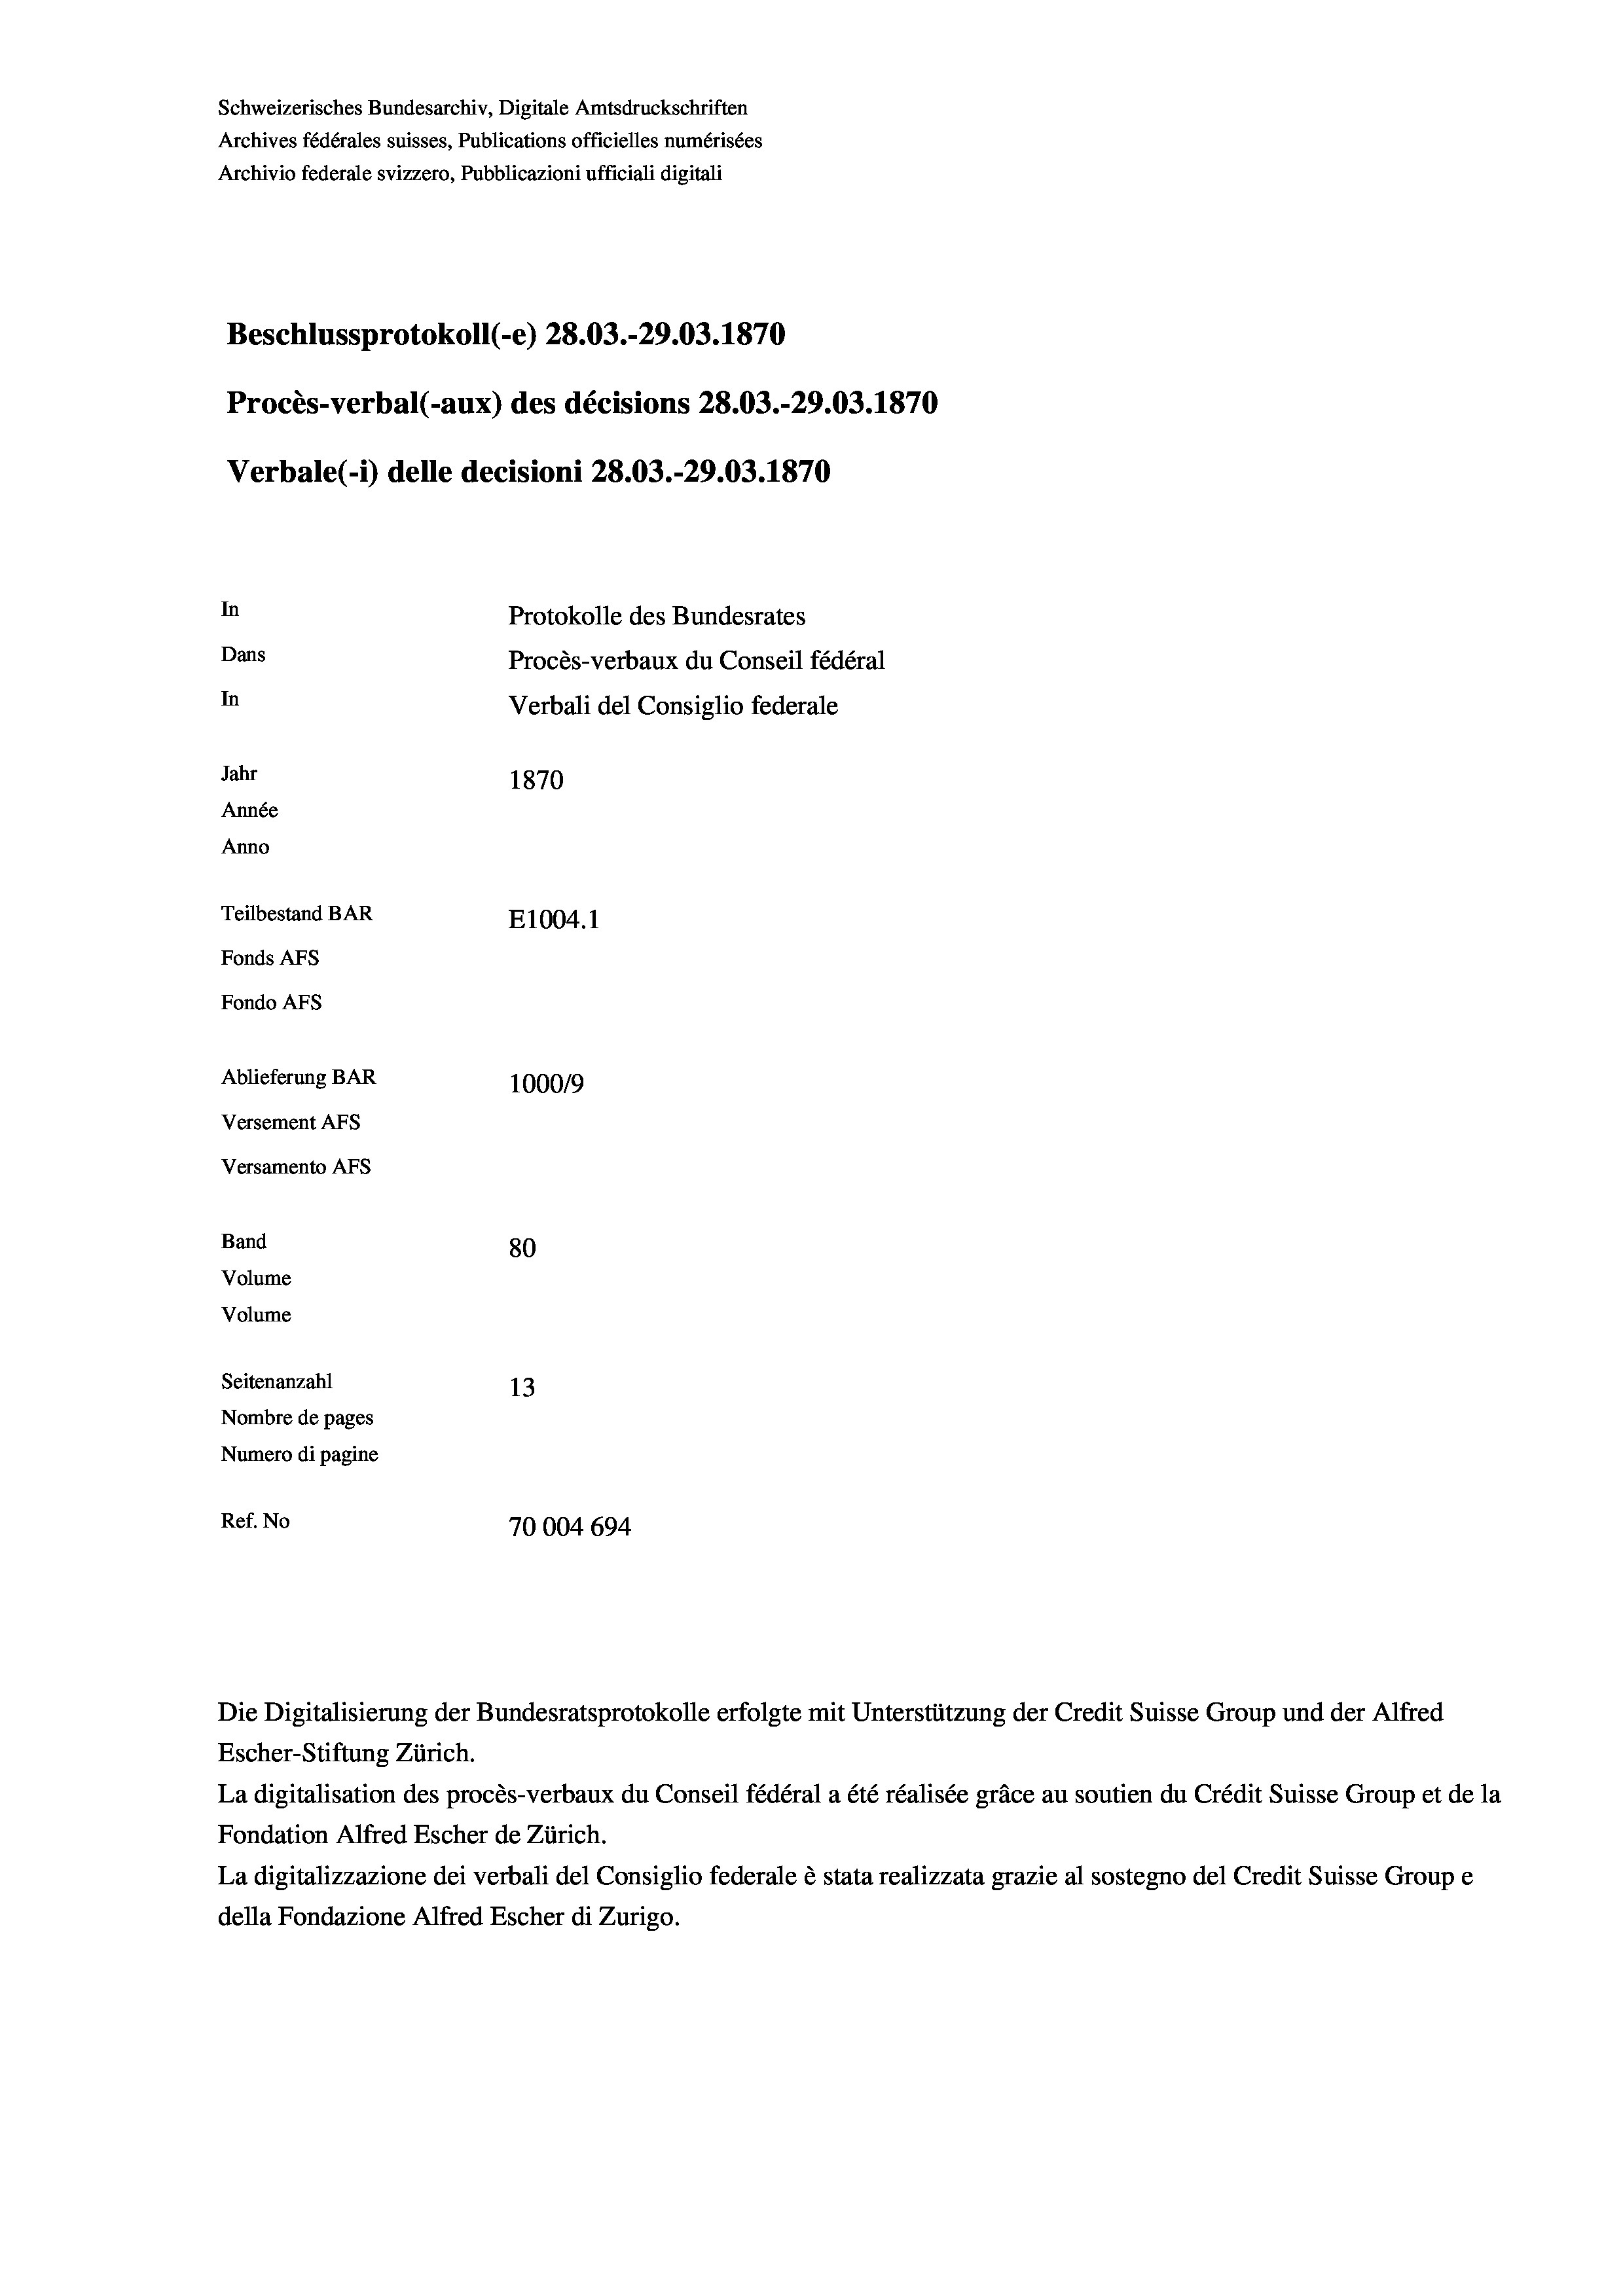
Schweizerisches Bundesarchiv, Digitale Amtsdruckschriften
Archives fédérales suisses, Publications officielles numérisées
Archivio federale svizzero, Pubblicazioni ufficiali digitali
Beschlussprotokoll (-e) 28.03.-29.03. 1870
Procès-verbal (-aux) des décisions 28.03.-29.03. 1870
Verbale (- 1) delle decisioni 28.03.-29.03. 1870
In
Protokolle des Bundesrates
Dans
Procès-verbaux du Conseil fédéral
In
Verbali del Consiglio federale
Jahr
1870
Année
Anno
Teilbestand BAR
E1004.1
Fonds AFs
Fondo AFS
Ablieferung BAR
100019
Versement AFs
Versamento AFs

80
Seitenanzahl
13
Nombre de pages
Numero di pagine
Ref. No
70004694

Band
Volume
Volume

La digitalisation des procès-verbaux du Conseil fédéral a été réalisée gräce au soutien du Crédit Suisse Group et de la
Fondation Alfred Escher de Zürich.
La digitalizzazione dei verbali del Consiglio federale è stata realizzata grazie al sostegno del Credit Suisse Groupe
della Fondazione Alfred Escher di Zurigo.

Escher-Stiftung Zürich.

Die Digitalisierung der Bundesratsprotokolle erfolgte mit Unterstützung der Credit Suisse Group und der Alfred